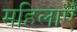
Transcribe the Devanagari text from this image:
महिलाएंँ